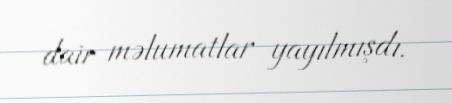
dair məlumatlar yayılmışdı.